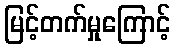
မြင့်တက်မှုကြောင့်